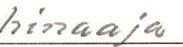
hinaaja